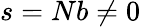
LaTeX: s=Nb\neq 0